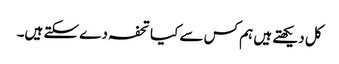
کل دیکھتے ہیں ہم کس سے کیا تحفہ دے سکتے ہیں۔